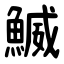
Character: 鰄